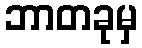
ဘာတခုမှ